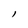
Character: l